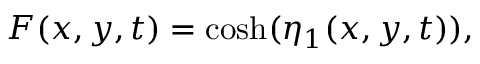
F ( x , y , t ) = \cosh ( \eta _ { 1 } ( x , y , t ) ) ,